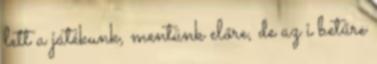
lett a játékunk, mentünk előre, de az i betűre